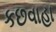
કછવાહા